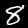
Digit: 8